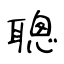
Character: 聰